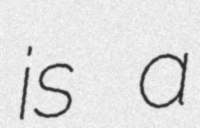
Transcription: is a